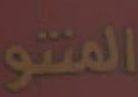
المنتو